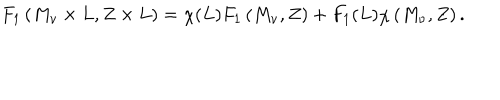
F _ { 1 } \left( M _ { \nu } \times L , Z \times L \right) = \chi ( L ) F _ { 1 } \left( M _ { \nu } , Z \right) + F _ { 1 } ( L ) \chi \left( M _ { \nu } , Z \right) .